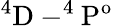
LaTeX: \mathrm{^4D-^{4}P^{o}}